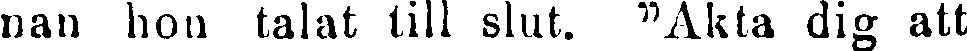
nan hon talat till slut. "Akta dig att